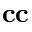
\mathbf { c c }